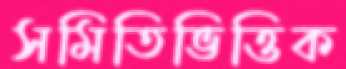
সমিতিভিত্তিক